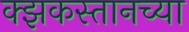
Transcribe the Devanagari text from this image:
क्झकस्तानच्या